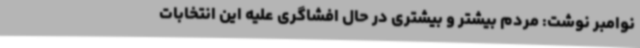
نوامبر نوشت: مردم بیشتر و بیشتری در حال افشاگری علیه این انتخابات